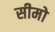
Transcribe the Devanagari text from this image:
सीमो